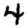
Digit: 4